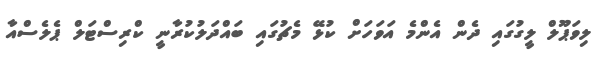
ލިވަޕޫލް ލީގުގައި ދެން އެންމެ އަވަހަށް ކުޅޭ މެޗުގައި ބައްދަލުކުރާނީ ކްރިސްޓަލް ޕެލެސްއާ